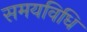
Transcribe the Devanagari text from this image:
समयविधि